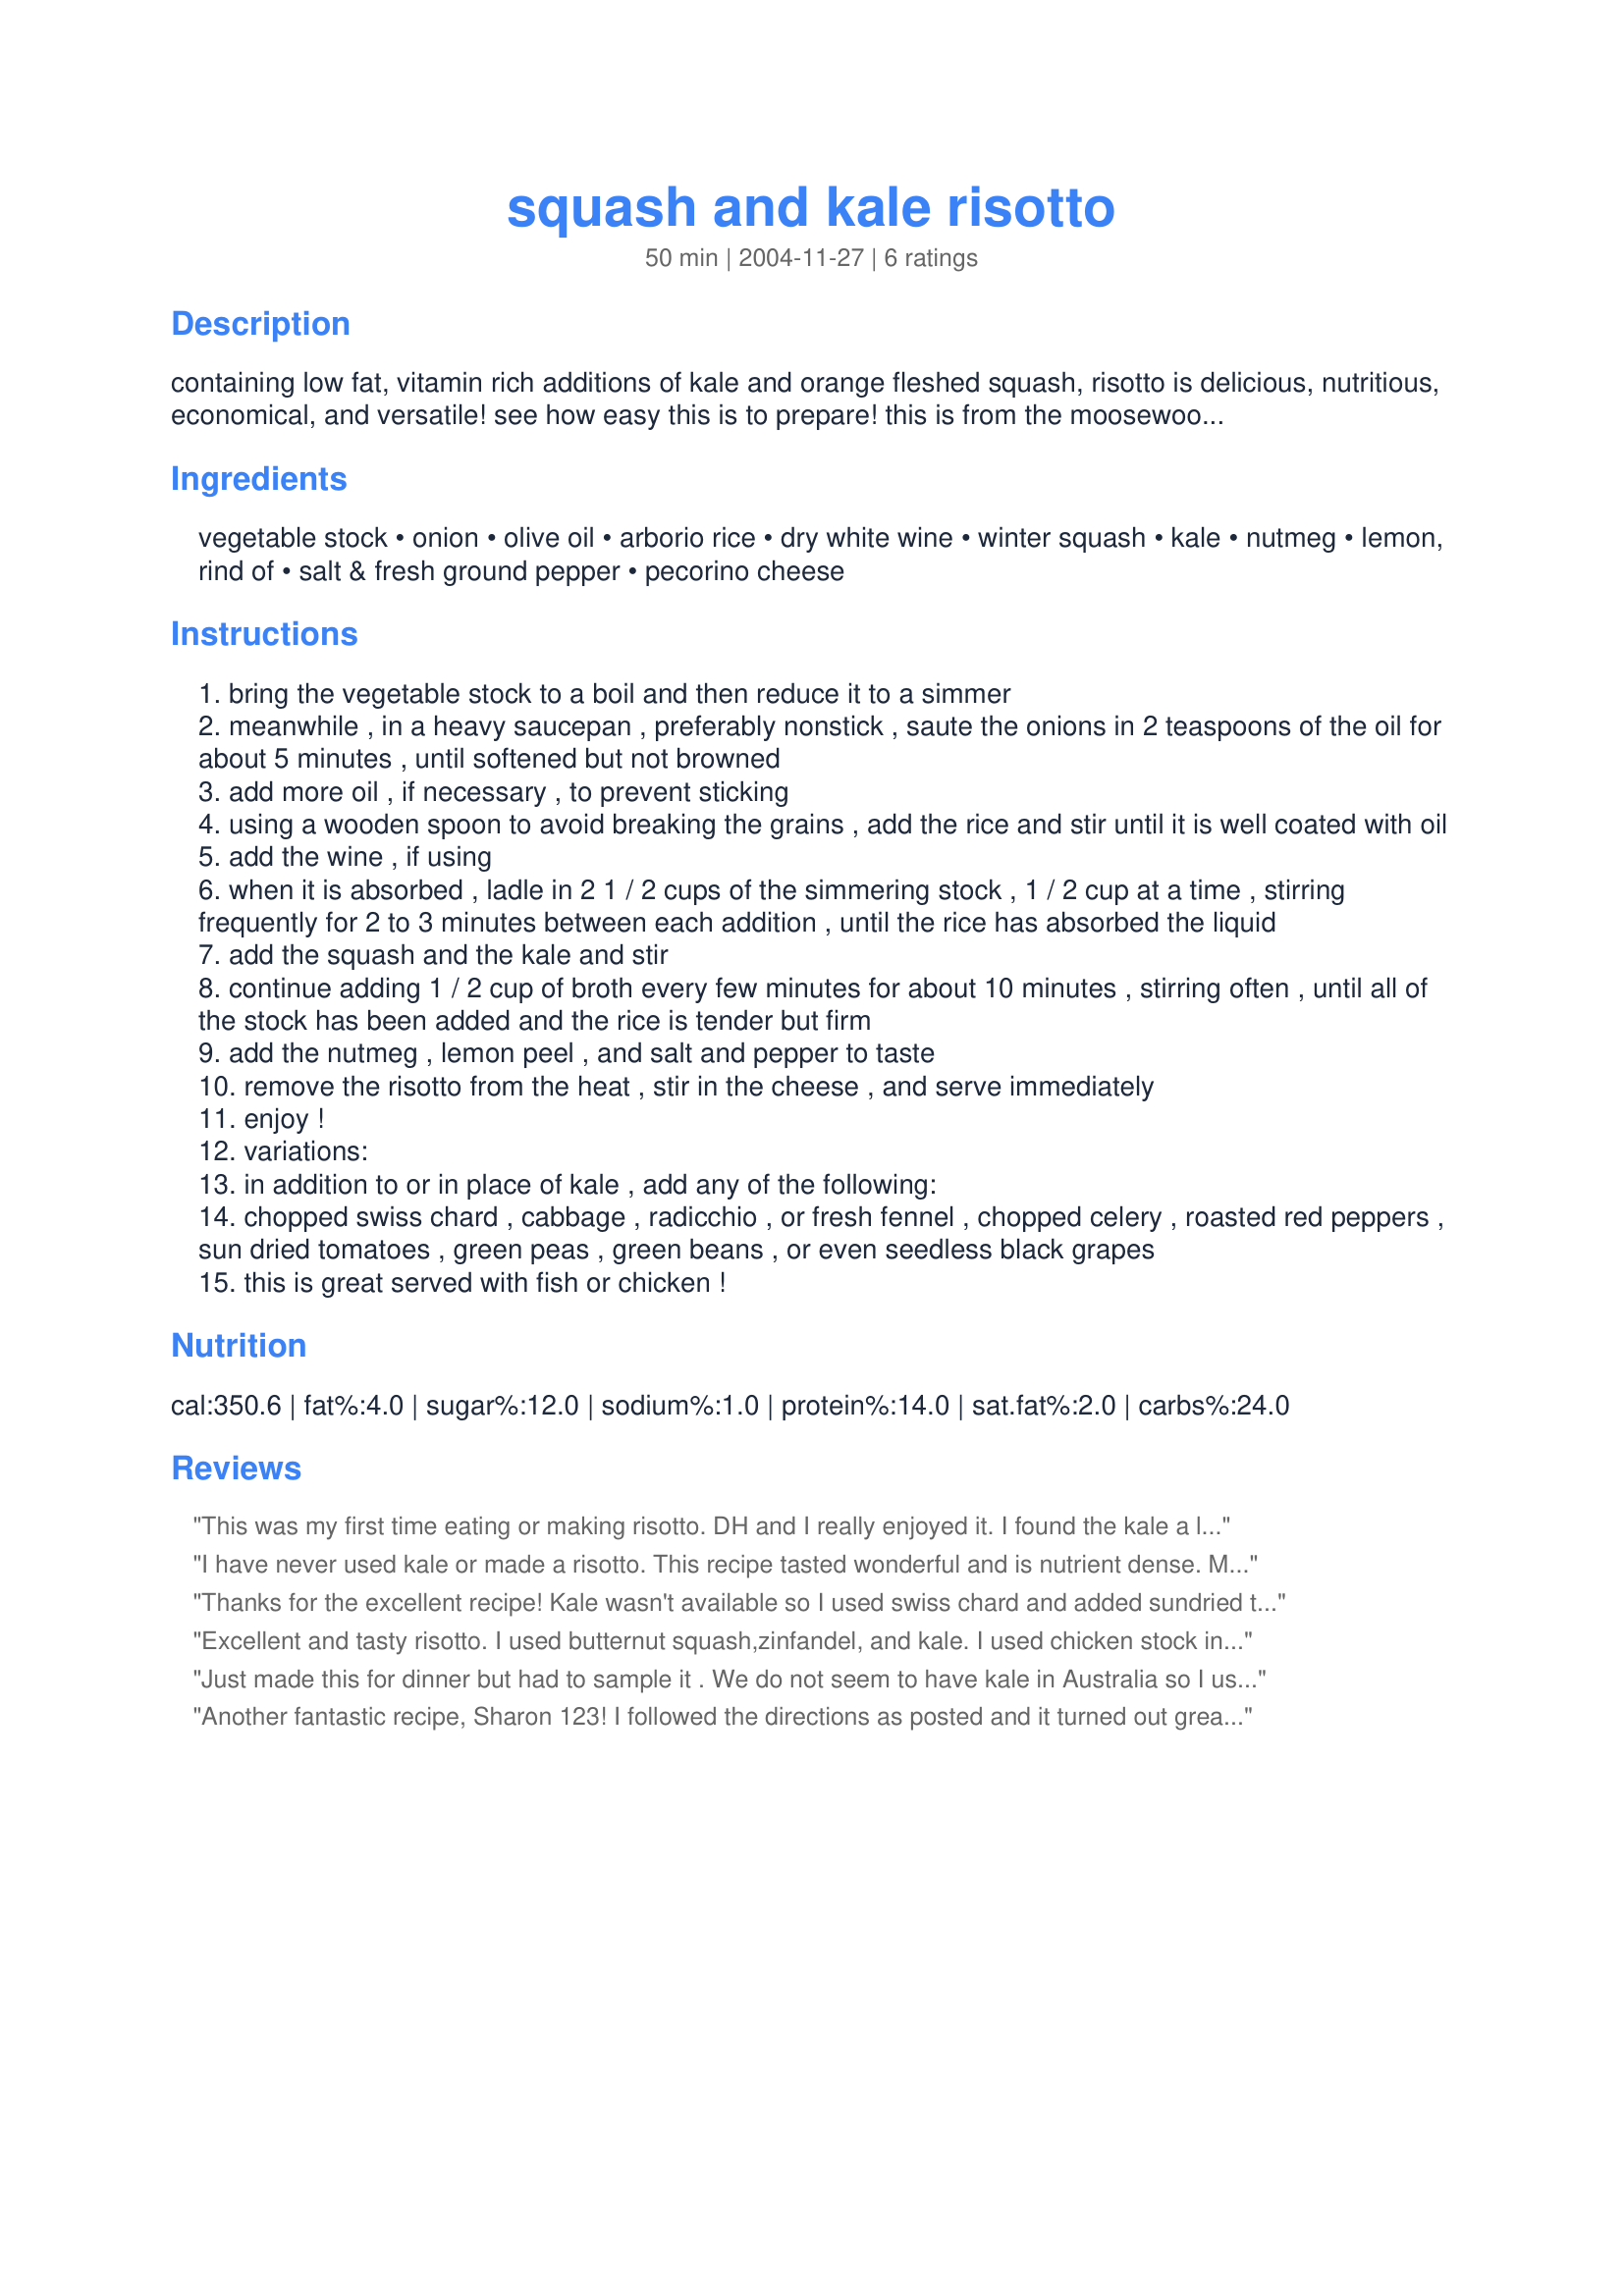
squash and kale risotto
Preparation time: 50 minutes

containing low fat, vitamin rich additions of kale and orange fleshed squash, risotto is delicious, nutritious, economical, and versatile! see how easy this is to prepare! this is from the moosewood low fat favorites cookbook. cook time is approximate.

Ingredients:
vegetable stock, onion, olive oil, arborio rice, dry white wine, winter squash, kale, nutmeg, lemon, rind of, salt & fresh ground pepper, pecorino cheese

Steps:
bring the vegetable stock to a boil and then reduce it to a simmer
meanwhile , in a heavy saucepan , preferably nonstick , saute the onions in 2 teaspoons of the oil for about 5 minutes , until softened but not browned
add more oil , if necessary , to prevent sticking
using a wooden spoon to avoid breaking the grains , add the rice and stir until it is well coated with oil
add the wine , if using
when it is absorbed , ladle in 2 1 / 2 cups of the simmering stock , 1 / 2 cup at a time , stirring frequently for 2 to 3 minutes between each addition , until the rice has absorbed the liquid
add the squash and the kale and stir
continue adding 1 / 2 cup of broth every few minutes for about 10 minutes , stirring often , until all of the stock has been added and the rice is tender but firm
add the nutmeg , lemon peel , and salt and pepper to taste
remove the risotto from the heat , stir in the cheese , and serve immediately
enjoy !
variations:
in addition to or in place of kale , add any of the following:
chopped swiss chard , cabbage , radicchio , or fresh fennel , chopped celery , roasted red peppers , sun dried tomatoes , green peas , green beans , or even seedless black grapes
this is great served with fish or chicken !

Reviews:
This was my first time eating or making risotto. DH and I really enjoyed it. I found the kale a little over cooked for my liking. Other than that, this is a delicious dish.
I have never used kale or made a risotto. This recipe tasted wonderful and is nutrient dense. My only "whine" is the reduction time for the broth. It takes some stamina to make this dish, but well worth it! I'll definitely make it again. Thanks for sharing your recipe!
Thanks for the excellent recipe! Kale wasn't available so I used swiss chard and added sundried tomatoes. Also, because I'm vegan, omitted the cheese, which I know makes it unauthentic but it still had a really nice flavour.This was my first time making risotto and I have no idea if it turned out anything like "real" risotto... but we loved it anyway!
Excellent and tasty risotto. I used butternut squash,zinfandel, and kale. I used chicken stock instead of vegetable and omitted the nutmeg for personal tastes. While this dish takes a bit of time to make, it's well worth it. I sauteed a bit of minced garlic with the onions and just loved how the vegetables absorbed their flavor. I will definitely make this again. I'd serve it to company too. Thanks for sharing this keeper!
Just made this for dinner but had to sample it . We do not seem to have kale in Australia so I used a combination of peppers and spinach and of course the squash or pumpkin as we call it here with great results !!! I used vegie stock but topped it with a sprinkle of crispy bacon - so yummy - thanks Sharon.
Another fantastic recipe, Sharon 123! I followed the directions as posted and it turned out great. I loved the flavors of the white wine and the tiny bit of nutmeg- they went so well wtih the squash and cheese. Although you have to stand by the stove to stir quite a bit, the recipe is easy to make and did not take nearly as long as I thought it would. I love kale and squash, so I was thrilled to find this recipe. Thanks for posting, would make it again.
